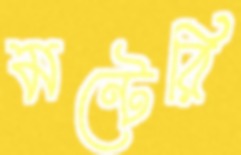
মন্টেরি